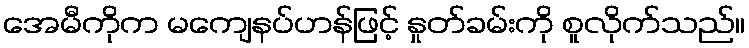
အေမီကိုက မကျေနပ်ဟန်ဖြင့် နှုတ်ခမ်းကို စူလိုက်သည်။